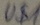
Text: U$1